Annual report of the Madras Medical College
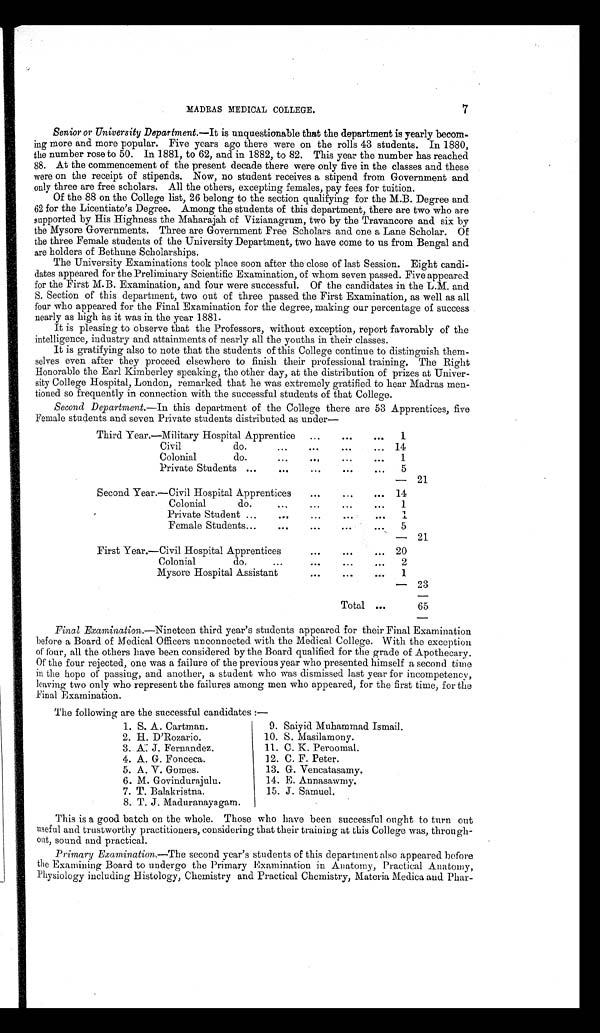
MADRAS MEDICAL COLLEGE.
7
Senior or University Department.—It is unquestionable that the department is yearly becom
ing more and more popular. Five years ago there were on the rolls 43 students. In 1880,
the number rose to 50. In 1881, to 62, and in 1882, to 82. This year the number has reached
88. At the commencement of the present decade there were only five in the classes and these
were on the receipt of stipends. Now, no student receives a stipend from Government and
only three are free scholars. All the others, excepting females, pay fees for tuition.
Of the 88 on the College list, 26 belong to the section qualifying for the M.B. Degree and
62 for the Licentiate's Degree. Among the students of this department, there are two who are
supported by His Highness the Maharajah of Vizianagrum, two by the Travancore and six by
the Mysore Governments. Three are Government Free Scholars and one a Lane Scholar. Of
the three Female students of the University Department, two have come to us from Bengal and
are holders of Bethune Scholarships.
The University Examinations took place soon after the close of last Session. Eight candi
dates appeared for the Preliminary Scientific Examination, of whom seven passed. Five appeared
for the First M.B. Examination, and four were successful. Of the candidates in the L.M. and
S. Section of this department, two out of three passed the First Examination, as well as all
four who appeared for the Final Examination for the degree, making our percentage of success
nearly as high as it was in the year 1881.
It is pleasing to observe that the Professors, without exception, report favorably of the
intelligence, industry and attainments of nearly all the youths in their classes.
It is gratifying also to note that the students of this College continue to distinguish them
selves even after they proceed elsewhere to finish their professional training. The Right
Honorable the Earl Kimberley speaking, the other day, at the distribution of prizes at Univer
sity College Hospital, London, remarked that he was extremely gratified to hear Madras men
tioned so frequently in connection with the successful students of that College.
Second Department.—In this department of the College there are 53 Apprentices, five
Female students and seven Private students distributed as under—
Third Year.— Military Hospital Apprentice
1
Civil do.
14
Colonial do.
1
Private Students
5
— 21
Second Year.— Civil Hospital Apprentices
14
Colonial do.
1
Private Student
1
Female Students
5
— 21
First Year.— Civil Hospital Apprentices
20
Colonial do.
2
Mysore Hospital Assistant
1
— 23
Total
65
Final Examination. —Nineteen third year's students appeared for their Final Examination
before a Board of Medical Officers unconnected with the Medical College. With the exception
of four, all the others have been considered by the Board qualified for the grade of Apothecary.
Of the four rejected, one was a failure of the previous year who presented himself a second time
in the hope of passing, and another, a student who was dismissed last year for incompetency,
leaving two only who represent the failures among men who appeared, for the first time, for the
Final Examination.
The following are the successful candidates:—
1. S. A. Cartman.
9. Saiyid Muhammad Ismail.
2. H. D'Rozario.
10. S. Masilamony.
3. A: J. Fernandez.
11. C. K. Peroomal.
4. A. G. Fonceca.
12. C. F. Peter.
5. A. V. Gomes.
13. G. Vencatasamy.
6. M. Govindurajulu.
14. E. Annasawmy .
7. T. Balakristna.
15. J. Samuel.
8. T. J. Maduranayagam.
This is a good batch on the whole. Those who have been successful ought to turn out
useful and trustworthy practitioners, considering that their training at this College was, through
out, sound and practical.
Primary Examination.—The second year's students of this department also appeared before
the Examining Board to undergo the Primary Examination in Anatomy, Practical Anatomy,
Physiology including Histology, Chemistry and Practical Chemistry, Materia Medica and Phar
-